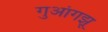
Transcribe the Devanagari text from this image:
गुआंगझू